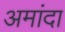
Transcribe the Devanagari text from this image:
अमांदा